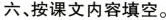
六、按课文内容填空。